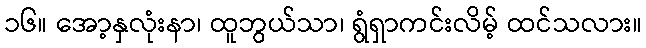
၁၆။ အော့နှလုံးနာ၊ ထူဘွယ်သာ၊ ရွံရှာကင်းလိမ့် ထင်သလား။